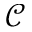
\mathcal { C }